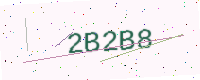
Text: 2B2B8